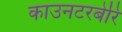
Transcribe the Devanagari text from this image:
काउनटरबेरि